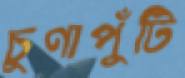
চুণাপুঁটি